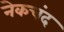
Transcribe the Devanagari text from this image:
नेकचंद